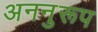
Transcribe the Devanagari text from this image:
अननुरूप